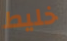
خليط